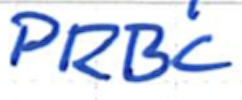
Text: PRBC
Cross-out: clean
Writing tool: ballpoint